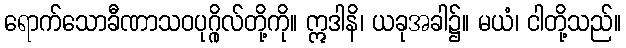
ရောက်သောခီဏာသဝပုဂ္ဂိုလ်တို့ကို။ ဣဒါနိ၊ ယခုအခါ၌။ မယံ၊ ငါတို့သည်။